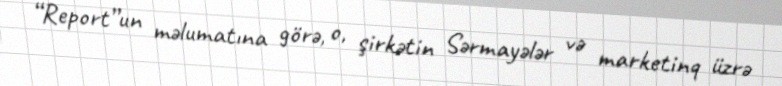
“Report”un məlumatına görə, o, şirkətin Sərmayələr və marketinq üzrə